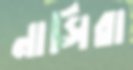
নাসিরা